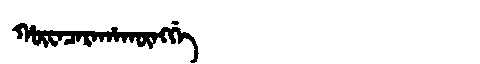
Manchu: ᡥᡡᠸᠠᠴᠠᡵᠠᡥᠠᡴᡡᠩᡤᡝ
Romanization: HŪWACARAHAKŪNGGE